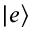
\left| e \right\rangle